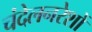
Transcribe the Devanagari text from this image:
चंदेलनरेशों